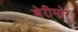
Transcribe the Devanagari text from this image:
बेरीमोर